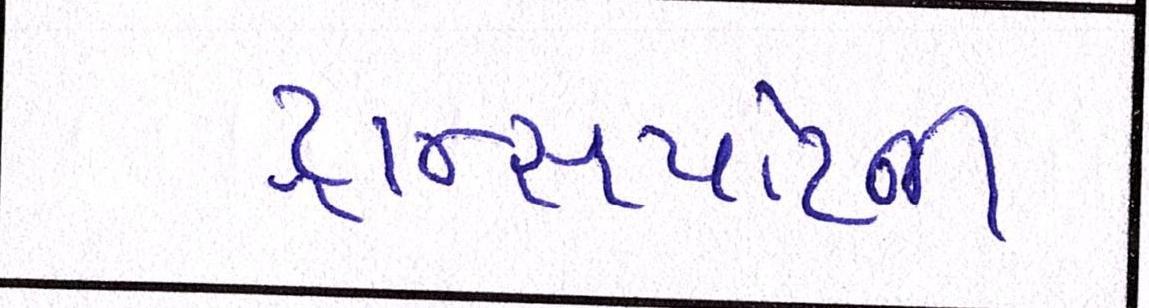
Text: ટ્રાન્સપોર્ટની